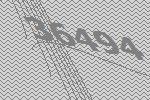
36494